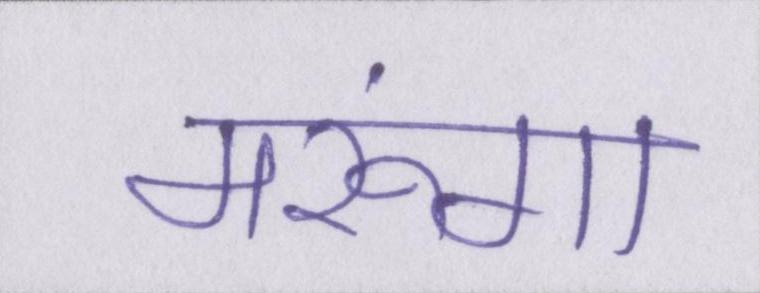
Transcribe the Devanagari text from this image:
मरूंगा